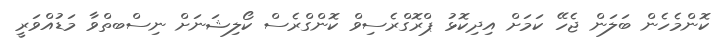
ކޮންމެހެން ބަލަން ޖެހޭ ކަމަށް އިދިކޮޅު ޕްރޮގްރެސިވް ކޮންގްރެސް ކޯލިޝަނަށް ނިސްބތްވާ މަޑުއްވަރީ